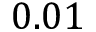
0 . 0 1